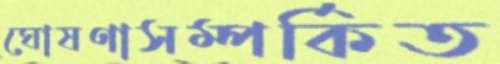
ঘোষণাসম্পর্কিত